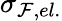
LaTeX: \sigma_{\mathcal{F},el.}